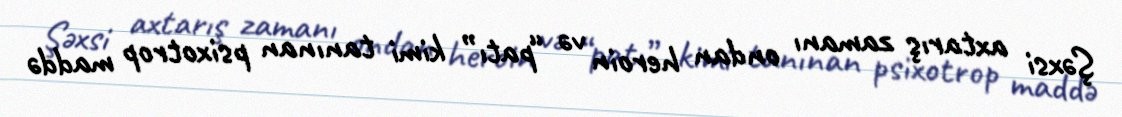
Şəxsi axtarış zamanı ondan heroin və “patı” kimi tanınan psixotrop maddə